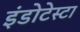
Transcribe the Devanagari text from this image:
इंडोटेस्टा